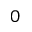
0